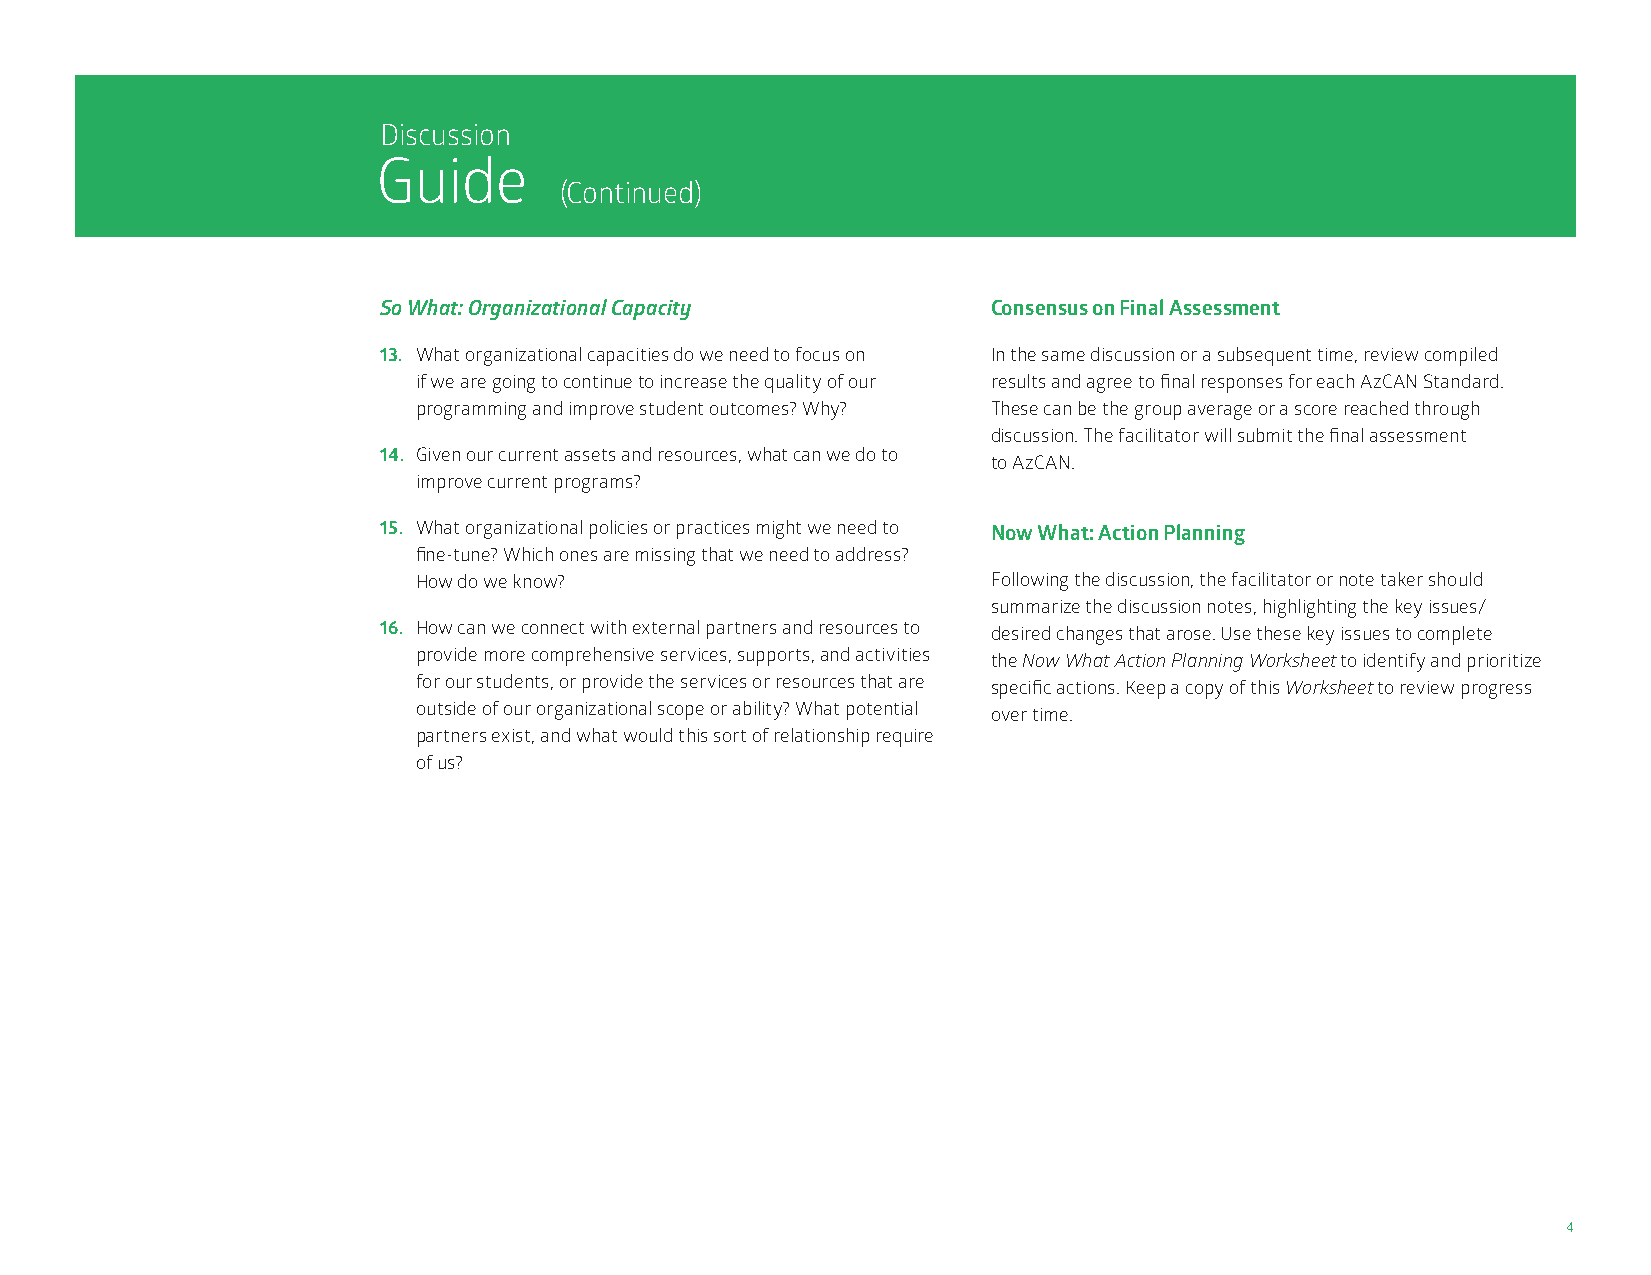
Discussion
 Guide
 (Continued)
 So What: Organizational Capacity         Consensus on Final Assessment
 13. What organizational capacities do we need to focus on In the same discussion or a subsequent time, review compiled
 if we are going to continue to increase the quality of our results and agree to final responses for each AzCAN Standard.
 programming and improve student outcomes? Why? These can be the group average or a score reached through
 discussion. The facilitator will submit the final assessment
 14. Given our current assets and resources, what can we do to
 to AzCAN.
 improve current programs?
 15. What organizational policies or practices might we need to Now What: Action Planning
 fine-tune? Which ones are missing that we need to address?
 How do we know?                       Following the discussion, the facilitator or note taker should
 summarize the discussion notes, highlighting the key issues/
 16. How can we connect with external partners and resources to desired changes that arose. Use these key issues to complete
 provide more comprehensive services, supports, and activities
 the Now What Action Planning Worksheet to identify and prioritize
 for our students, or provide the services or resources that are
 specific actions. Keep a copy of this Worksheet to review progress
 outside of our organizational scope or ability? What potential
 over time.
 partners exist, and what would this sort of relationship require
 of us?
 4